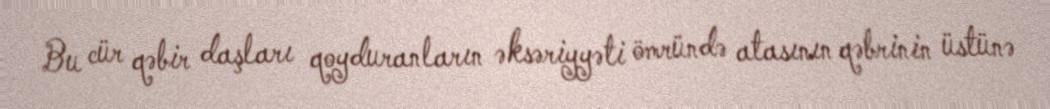
Bu cür qəbir daşları qoyduranların əksəriyyəti ömründə atasının qəbrinin üstünə